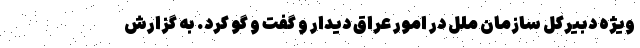
ویژه دبیرکل سازمان ملل در امور عراق دیدار و گفت و گو کرد. به گزارش